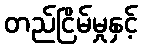
တည်ငြိမ်မှုနှင့်